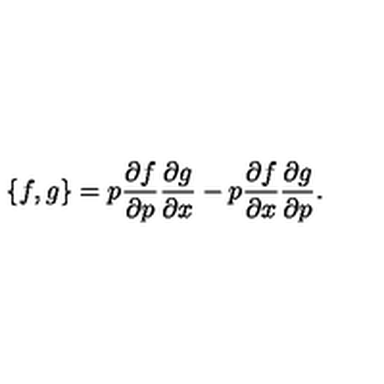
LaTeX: { \{ f , g \} } = p \frac { \partial f } { \partial p } \frac { \partial g } { \partial x } - p \frac { \partial f } { \partial x } \frac { \partial g } { \partial p } .